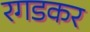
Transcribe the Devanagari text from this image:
रगडकर